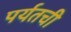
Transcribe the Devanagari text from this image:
पर्यतची